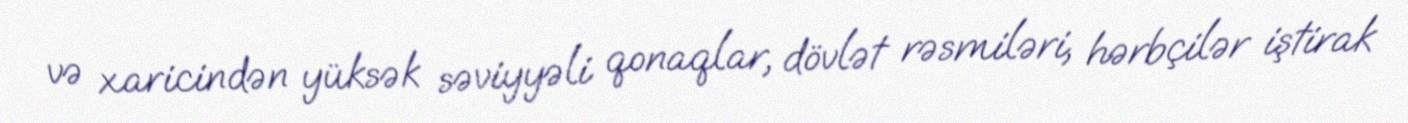
və xaricindən yüksək səviyyəli qonaqlar, dövlət rəsmiləri, hərbçilər iştirak